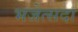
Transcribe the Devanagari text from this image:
भजेत्सदा